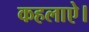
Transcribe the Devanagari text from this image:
कहलाऐ।